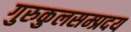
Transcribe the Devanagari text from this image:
गुरुकुलसम्प्रदय